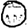
Digit: 0